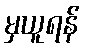
မှယူရန်